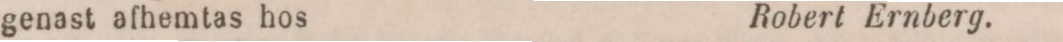
genast afhemtas hos    Robert Ernberg.